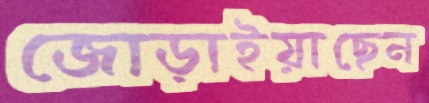
জোড়াইয়াছেন